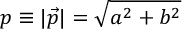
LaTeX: p \equiv | \vec { p } | = \sqrt { a ^ { 2 } + b ^ { 2 } }